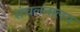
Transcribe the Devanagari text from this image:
संचलनालय